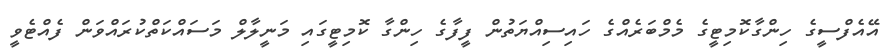
އޭއެފްސީގެ ހިންގާކޮމިޓީގެ މެމްބަރެއްގެ ހައިސިއްޔަތުން ފީފާގެ ހިންގާ ކޮމިޓީގައި މަނީލާލް މަސައްކަތްކުރައްވަން ފެއްޓެވީ